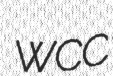
WCC